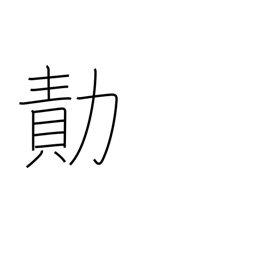
Meaning: achievement